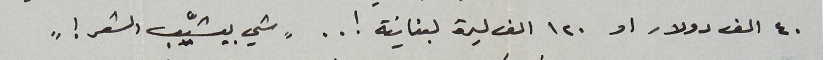
٤٠ الف دولار او ١٢٠ الف ليرة لبنانية ! . . "شي بيشيّب الشعر ! "